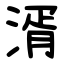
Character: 湑